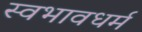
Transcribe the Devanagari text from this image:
स्वभावधर्म